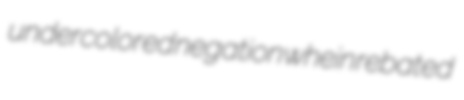
undercolored negation whein rebated